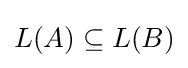
L(A)\subseteq L(B)